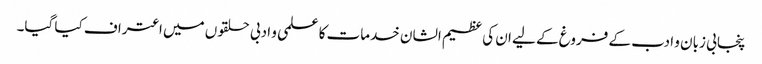
پنجابی زبان و ادب کے فروغ کے لیے ان کی عظیم الشان خدمات کا علمی و ادبی حلقوں میں اعتراف کیا گیا۔